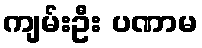
ကျမ်းဦး ပဏာမ